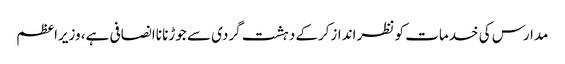
مدارس کی خدمات کو نظر اندازکرکے دہشت گردی سے جوڑنا ناانصافی ہے، وزیراعظم